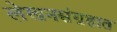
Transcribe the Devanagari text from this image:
लेखनसंग्रहात